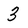
Character: 3